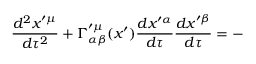
\frac { d ^ { 2 } x ^ { \prime \mu } } { d \tau ^ { 2 } } + \Gamma _ { \alpha \beta } ^ { \prime \mu } ( x ^ { \prime } ) \frac { d x ^ { \prime \alpha } } { d \tau } \frac { d x ^ { \prime \beta } } { d \tau } = -